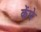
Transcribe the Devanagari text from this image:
केंपे